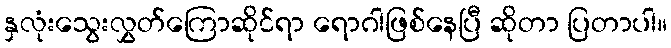
နှလုံးသွေးလွှတ်ကြောဆိုင်ရာ ရောဂါဖြစ်နေပြီ ဆိုတာ ပြတာပါ။